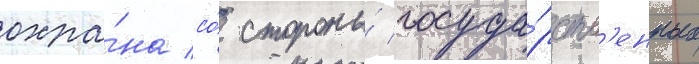
охра́на со́ стороны́ госуда́рств'енных